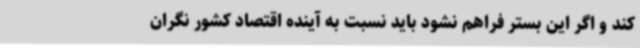
کند و اگر این بستر فراهم نشود باید نسبت به آینده اقتصاد کشور نگران